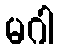
မဂါ